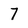
Character: 7